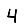
Digit: 4